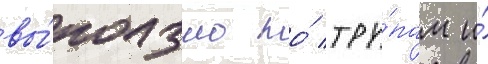
вы́ползло по́ тру́пам и́